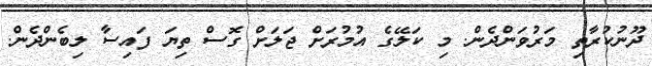
ދޫނުކުރާތި މަރުވަންދެން. މި ކަލޭގެ އުމުރަށް ޖަލަށް ގޮސް ތިޔަ ފައިސާ ލިބެންދެން.